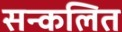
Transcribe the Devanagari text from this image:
सन्कलित